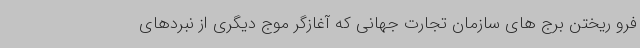
فرو ریختن برج های سازمان تجارت جهانی که آغازگر موج دیگری از نبردهای